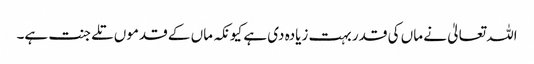
اللہ تعالیٰ نے ماں کی قدر بہت زیادہ دی ہے کیونکہ ماں کے قدموں تلے جنت ہے۔